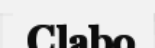
Clabo